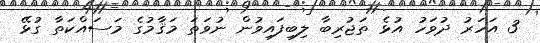
3 އަހަރު ދުވަހު އުޅެ ތަޖުރިބާ ލިބިފައިވުން ނުވަތަ މަޤާމުގެ މަސައްކަތާ ގުޅޭ